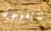
نابليون